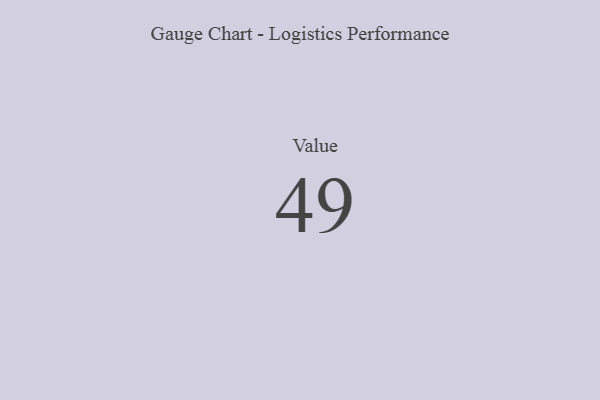
{"axis": {"x": "Metric", "y": "Value"}, "legend": [""], "data": [{"x": "Value", "y": 49, "type": ""}]}